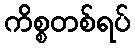
ကိစ္စတစ်ရပ်